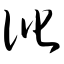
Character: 讹